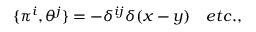
\{ \pi ^ { i } , \theta ^ { j } \} = - \delta ^ { i j } \delta ( x - y ) \ \ \ e t c . ,